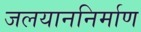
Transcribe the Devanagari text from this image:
जलयाननिर्माण